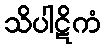
သိပါဋိကံ